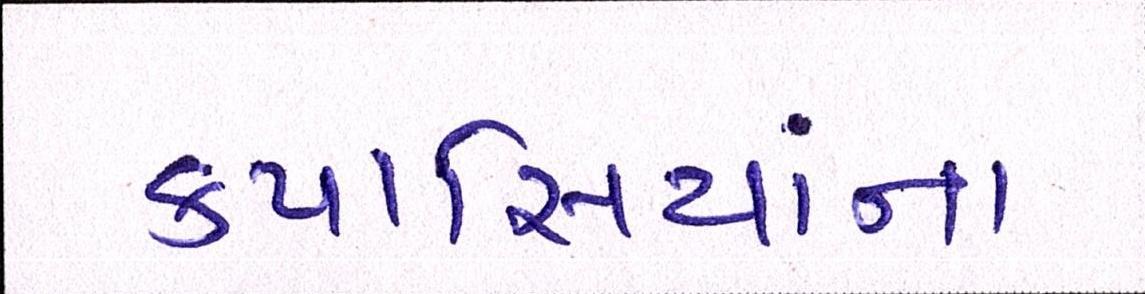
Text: કપાસિયાંના